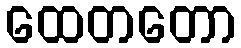
ထေတတော